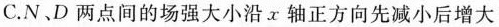
C.N、D两点间的场强大小沿x轴正方向先减小后增大